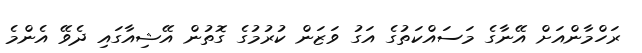
ރަހްމާންއަށް އޭނާގެ މަސައްކަތުގެ އަގު ވަޒަން ކުރުމުގެ ގޮތުން އޭޝިއާގައި ދެވޭ އެންމެ